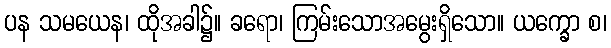
ပန သမယေန၊ ထိုအခါ၌။ ခရော၊ ကြမ်းသောအမွေးရှိသော။ ယက္ခော စ၊